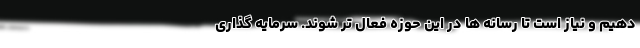
دهیم و نیاز است تا رسانه ها در این حوزه فعال تر شوند. سرمایه گذاری